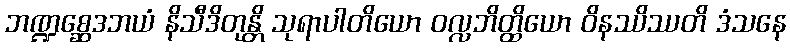
ဘဏ္ဍစ္ဆေဒဘယံ နိသီဒိတုန္တိ သုရာပါတိယော ဝလ္လဘိတ္ထိယော ဝိနဿိဿတိ ဒံသနေ